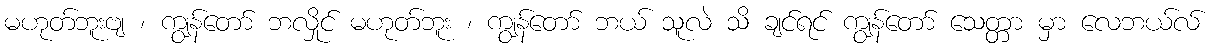
မဟုတ်ဘူးဗျ ၊ ကျွန်တော် ဘလှိုင် မဟုတ်ဘူး ၊ ကျွန်တော် ဘယ် သူလဲ သိ ချင်ရင် ကျွန်တော် သေတ္တာ မှာ လေဘယ်လ်